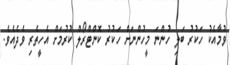
ވުމާއެކު ހަކުރު ބަލި ހުންނަ މީހުންނަށް ހަކުރު ކޮންޓްރޯލް ކުރުމަށް އެހީތެރި ވެދެއެވެ.